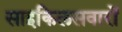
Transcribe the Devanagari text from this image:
साइकिलसवारों